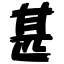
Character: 甚